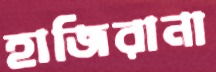
হাজিরানা